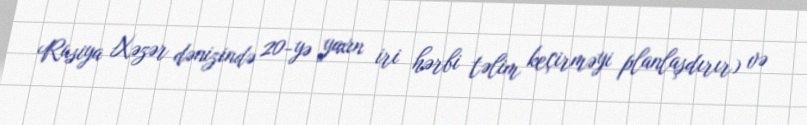
Rusiya Xəzər dənizində 20-yə yaxın iri hərbi təlim keçirməyi planlaşdırır) və